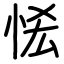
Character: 恡